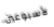
لأسبوعين